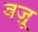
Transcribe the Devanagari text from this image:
वज़ू